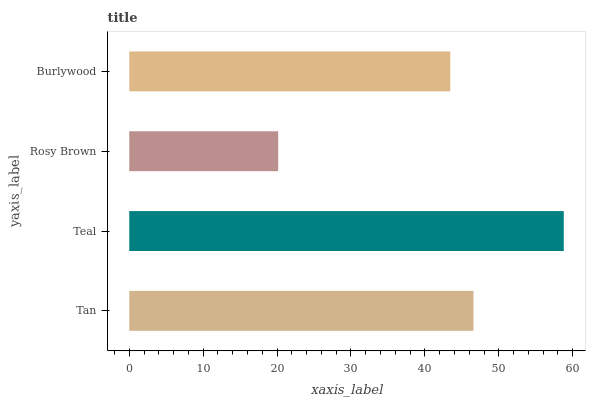
| yaxis_label | bars |
 | --- | --- |
 | Tan | 46.6 |
 | Teal | 58.8 |
 | Rosy Brown | 20.1 |
 | Burlywood | 43.4 |